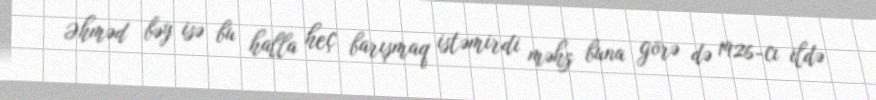
Əhməd bəy isə bu halla heç barışmaq istəmirdi məhz buna görə də 1926-cı ildə